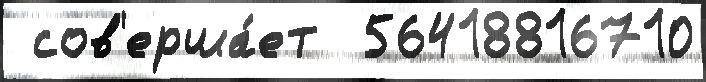
 сов'ерша́ет  56418816710